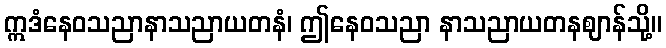
ဣဒံနေဝသညာနာသညာယတနံ၊ ဤနေဝသညာ နာသညာယတနဈာန်သို့။